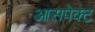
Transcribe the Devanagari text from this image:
आसपेक्ट